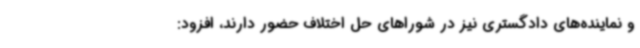
و نماینده‌های دادگستری نیز در شوراهای حل اختلاف حضور دارند، افزود: